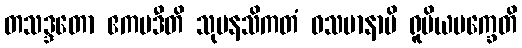
တသဒ္ဒတော ဧကပဒီတိ သုမနသိကတံ ဝသမာနာပိ ရူပိယပက္ခေတိ